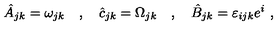
\hat { A } _ { j k } = \omega _ { j k } \quad , \quad \hat { c } _ { j k } = \Omega _ { j k } \quad , \quad \hat { B } _ { j k } = \varepsilon _ { i j k } e ^ { i } \ ,